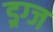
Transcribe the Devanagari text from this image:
ड्रग्ज